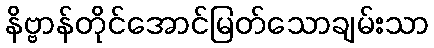
နိဗ္ဗာန်တိုင်အောင်မြတ်သောချမ်းသာ